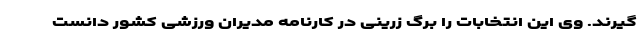
گیرند. وی این انتخابات را برگ زرینی در کارنامه مدیران ورزشی کشور دانست